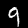
Label: 9